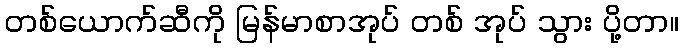
တစ်ယောက်ဆီကို မြန်မာစာအုပ် တစ် အုပ် သွား ပို့တာ။